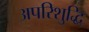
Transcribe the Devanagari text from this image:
अपरिशुद्धि